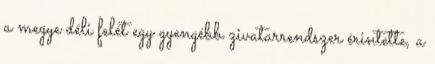
a megye déli felét egy gyengébb zivatarrendszer érintette, a